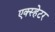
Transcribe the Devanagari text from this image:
एक्स्हेटर